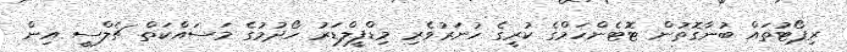
ރިޕޯޓުތައް ބުނާގޮތުން ޓޮޓެންހަމްގެ ކުރީގެ ހުނަރުވެރި މިޑްފީލްޑަރު ހޯދުމުގެ މަސައްކަތް ޗެލްސީ އިން